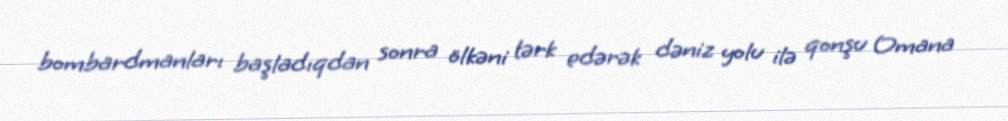
bombardmanları başladıqdan sonra ölkəni tərk edərək dəniz yolu ilə qonşu Omana